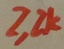
Text: 2,2K